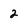
Character: 2